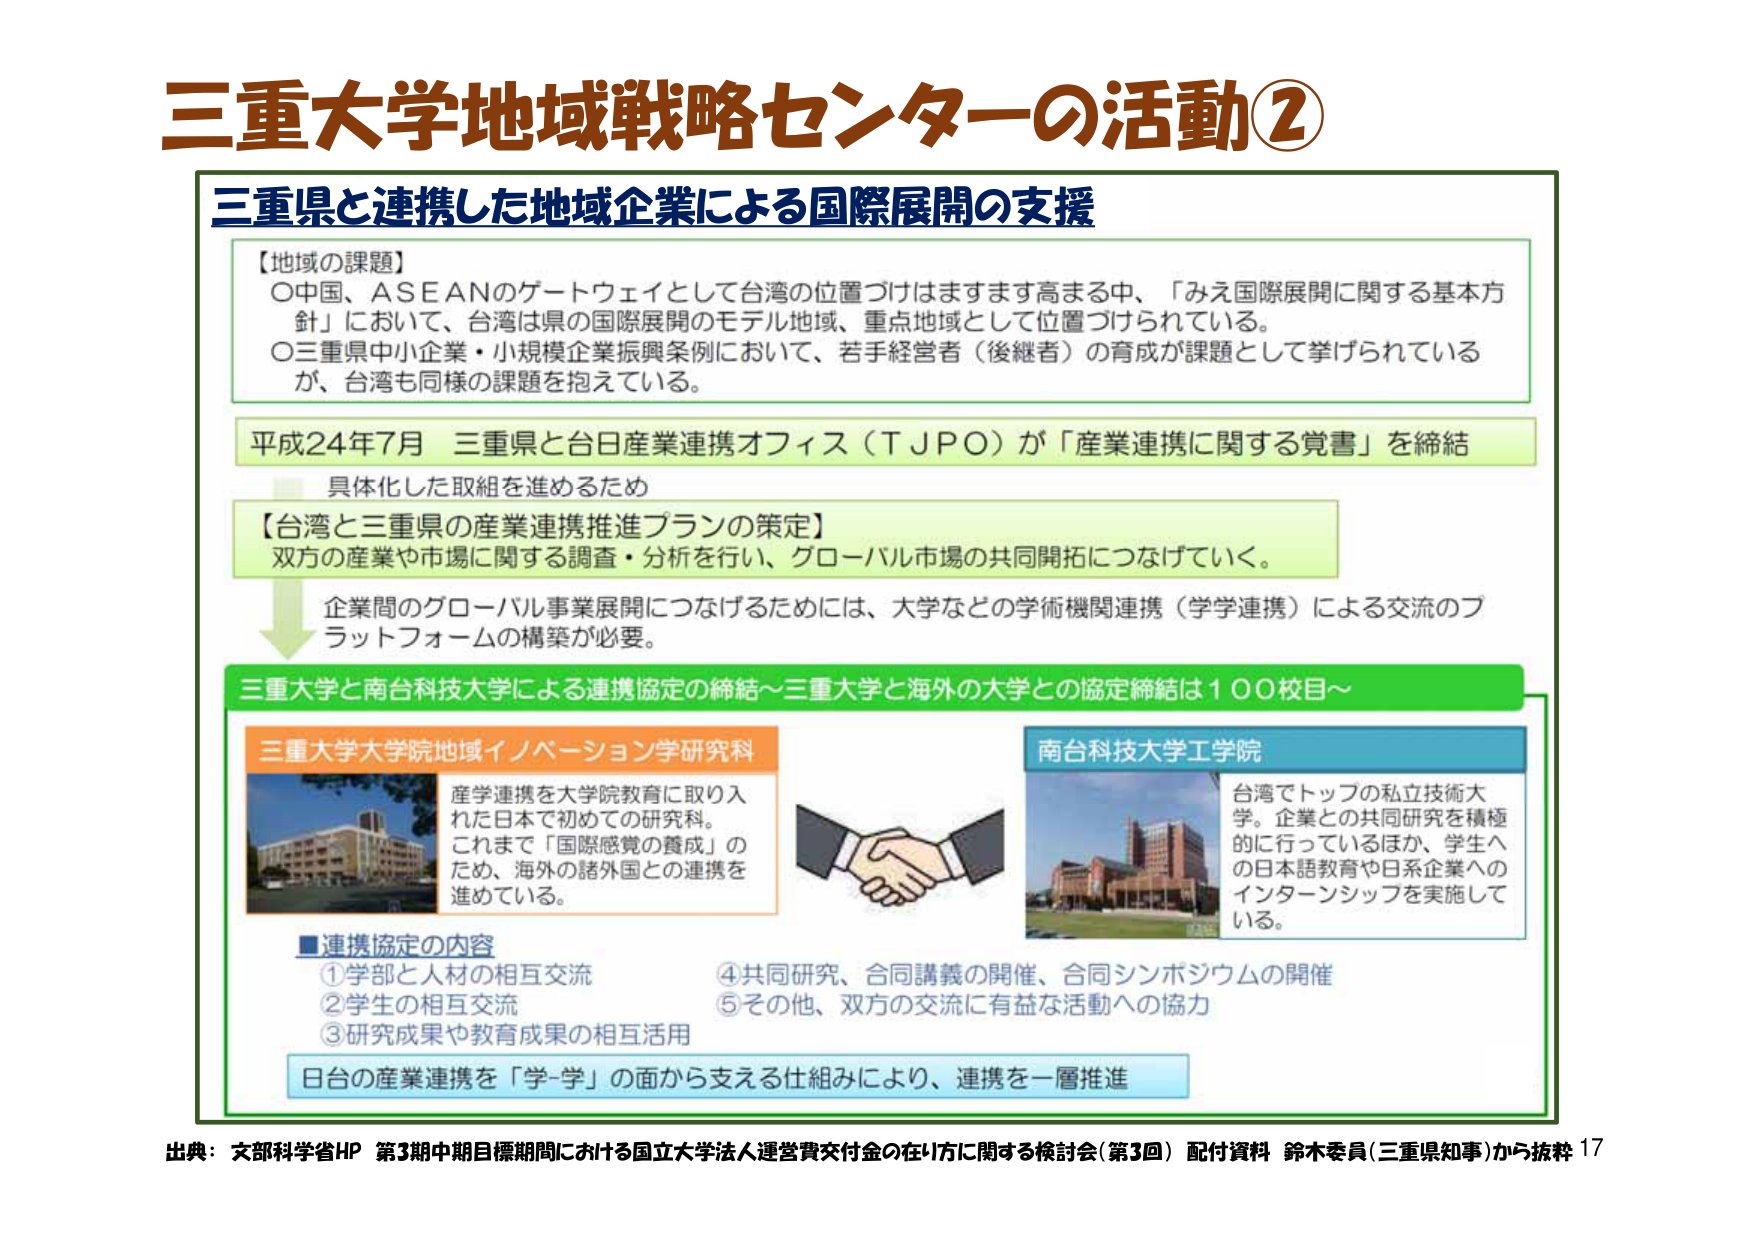
三重大学地域戦略センターの活動②

三重県と連携した地域企業による国際展開の支援

【地域の課題】
○中国、ASEANのゲートウェイとして台湾の位置づけはますます高まる中、「みえ国際展開に関する基本方針」において、台湾は県の国際展開のモデル地域、重点地域として位置づけられている。
○三重県中小企業・小規模企業振興条例において、若手経営者（後継者）の育成が課題として挙げられているが、台湾も同様の課題を抱えている。

平成24年7月 三重県と台日産業連携オフィス（TJPO）が「産業連携に関する覚書」を締結
具体化した取組を進めるため

【台湾と三重県の産業連携推進プランの策定】
双方の産業や市場に関する調査・分析を行い、グローバル市場の共同開拓につなげていく。

企業間のグローバル事業展開につなげるためには、大学などの学術機関連携（学学連携）による交流のプラットフォームの構築が必要。

三重大学と南台科技大学による連携協定の締結～三重大学と海外の大学との協定締結は100校目～

三重大学大学院地域イノベーション学研究科
産学連携を大学院教育に取り入れた日本で初めての研究科。
これまで「国際感覚の養成」のため、海外の諸外国との連携を進めている。

南台科技大学工学院
台湾でトップの私立技術大学。企業との共同研究を積極的に行っているほか、学生への日本語教育や日系企業へのインターンシップを実施している。

■連携協定の内容
①学部と人材の相互交流
②学生の相互交流
③研究成果や教育成果の相互活用
④共同研究、合同講義の開催、合同シンポジウムの開催
⑤その他、双方の交流に有益な活動への協力

日台の産業連携を「学-学」の面から支える仕組みにより、連携を一層推進

出典：文部科学省HP 第3期中期目標期間における国立大学法人運営費交付金の在り方に関する検討会（第3回）配付資料 鈴木委員（三重県知事）から抜粋 17